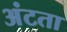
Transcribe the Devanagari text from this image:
अंटता